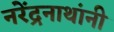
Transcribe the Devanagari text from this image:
नरेंद्रनाथांनी